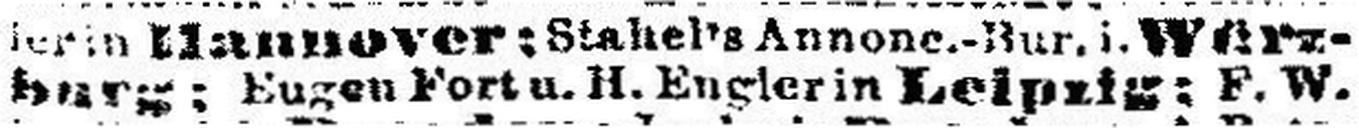
burg; Eugen Fort u. H. Engler in Leipzig; P. W.